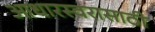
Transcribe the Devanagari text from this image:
आधारस्वरासाठी